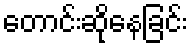
တောင်းဆိုနေခြင်း